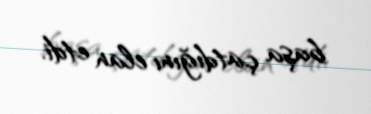
başa çatdığını elan etdi.